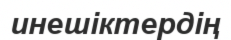
инешіктердің